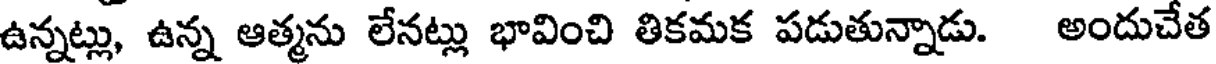
ఉన్నట్లు, ఉన్న ఆత్మను లేనట్లు భావించి తికమక పడుతున్నాడు. అందుచేత